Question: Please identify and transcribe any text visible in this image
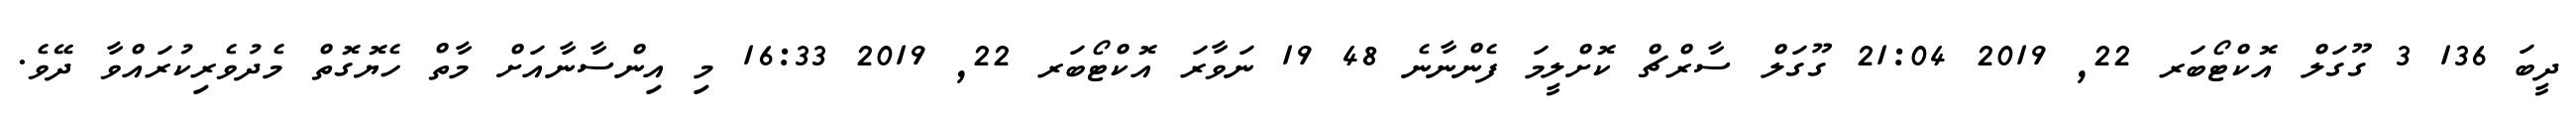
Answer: ދީބަ 136 3 ގޫގަލް އޮކްޓޯބަރ 22, 2019 21:04 ގޫގަލް ސާރްޗް ކޮށްލީމަ ފެންނާނެ 48 19 ނަވާރަ އޮކްޓޯބަރ 22, 2019 16:33 މި އިންސާނާއަށް މާތް ހެޔޮގޮތް މެދުވެރިކުރައްވާ ދޭވެ.